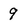
Character: 9